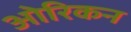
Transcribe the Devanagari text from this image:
ओरिकन